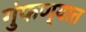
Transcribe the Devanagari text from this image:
गुंफण्यात